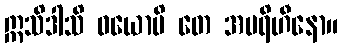
ဣသိဒါသိ ဝယောပိ တေ အပရိဟီနော။